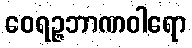
ဝေရဉ္ဇဘာဏဝါရော